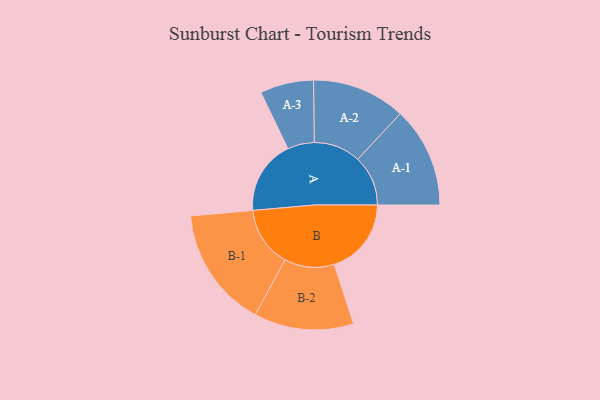
{"axis": {"x": "Segment", "y": "Value"}, "legend": ["", "A", "B"], "data": [{"x": "A", "y": 338, "type": ""}, {"x": "B", "y": 351, "type": ""}, {"x": "A-1", "y": 229, "type": "A"}, {"x": "A-2", "y": 213, "type": "A"}, {"x": "A-3", "y": 122, "type": "A"}, {"x": "B-1", "y": 275, "type": "B"}, {"x": "B-2", "y": 227, "type": "B"}]}